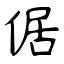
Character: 倨